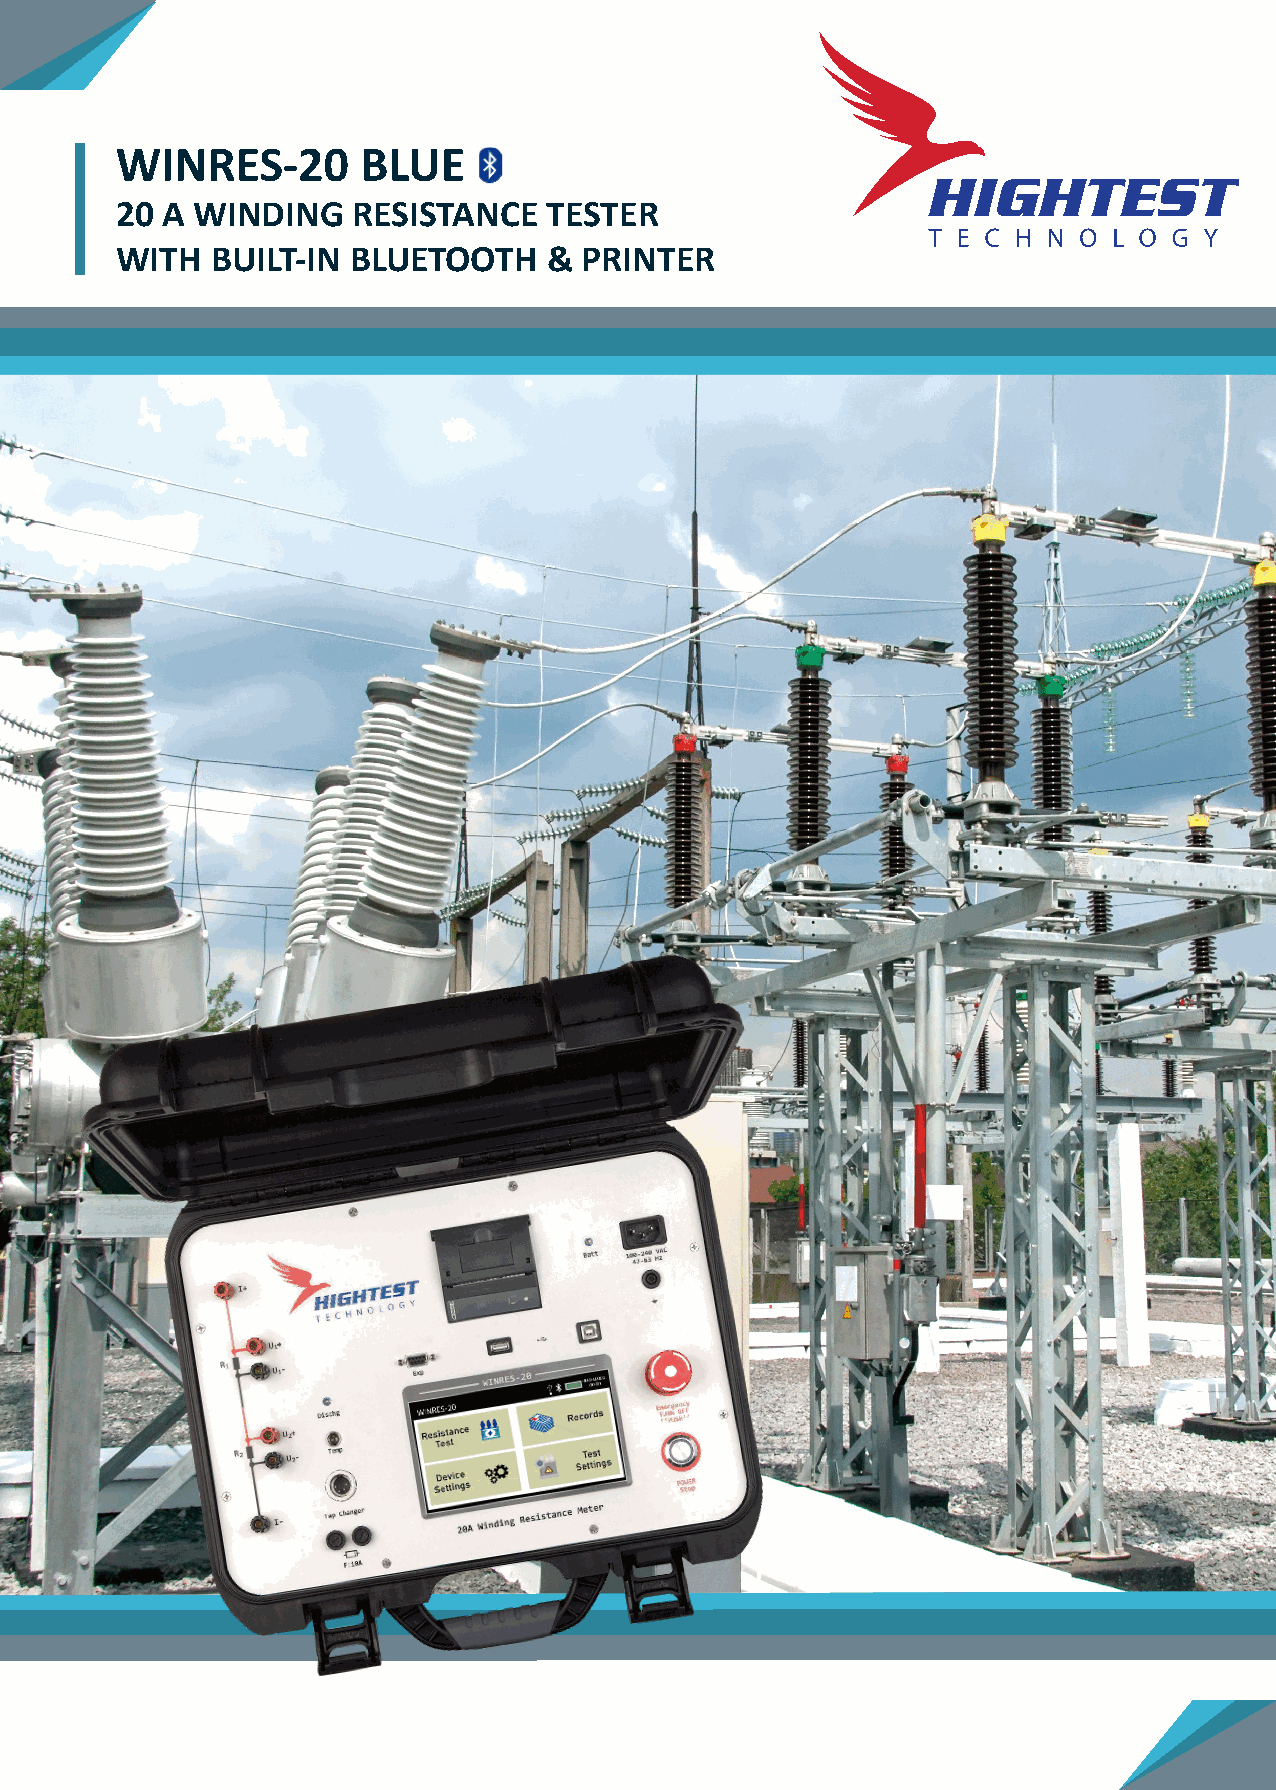
WINRES-20       BLUE
 20 A WINDING   RESISTANCE   TESTER
 WITH  BUILT-IN BLUETOOTH    & PRINTER